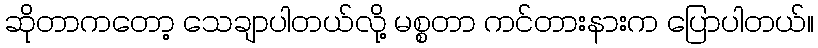
ဆိုတာကတော့ သေချာပါတယ်လို့ မစ္စတာ ကင်တားနားက ပြောပါတယ်။